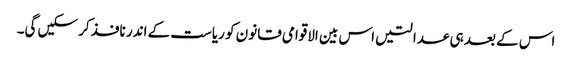
اس کے بعد ہی عدالتیں اس بین الاقوامی قانون کو ریاست کے اندر نافذ کرسکیں گی۔